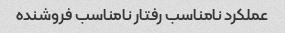
عملکرد نامناسب رفتار نامناسب فروشنده